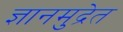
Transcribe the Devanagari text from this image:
ज्ञानमुद्रेत